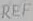
Text: REF